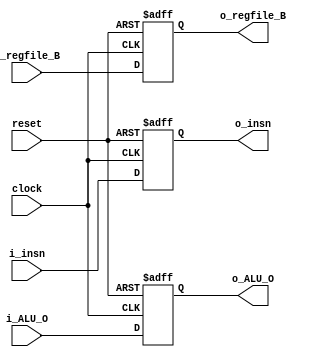
module xm_latch(
    input clock,
    input reset,
    input [31:0] i_insn,
    input [31:0] i_ALU_O,
    input [31:0] i_regfile_B,
    output reg [31:0] o_insn,
    output reg [31:0] o_ALU_O,
    output reg [31:0] o_regfile_B
);

    always @(negedge clock or posedge reset) begin
       if (reset) begin
           o_insn <= 32'd0;
           o_ALU_O <= 32'd0;
           o_regfile_B <= 32'd0;
       end else begin
           o_insn <= i_insn;
           o_ALU_O<= i_ALU_O;
           o_regfile_B <= i_regfile_B;
       end
    end 

endmodule